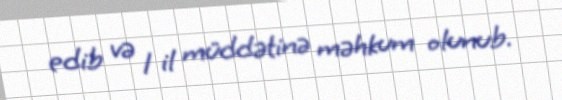
edib və 1 il müddətinə məhkum olunub.